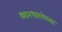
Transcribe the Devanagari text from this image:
ध्यानधारणेच्या